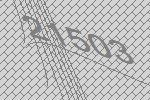
21503